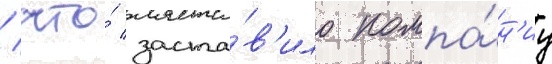
/ что́ заста́в'ило компа́н'иу